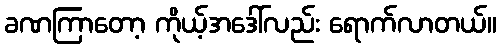
ခဏကြာတော့ ကိုယ့်အဒေါ်လည်း ရောက်လာတယ်။